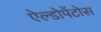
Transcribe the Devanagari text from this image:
ऐल्डोपेंटोस